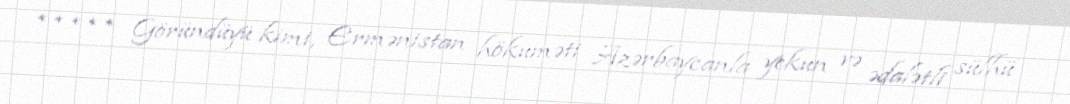
***** Göründüyü kimi, Ermənistan hökuməti Azərbaycanla yekun və ədalətli sülhü